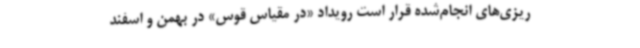
‌ریزی‌های انجام‌شده قرار است رویداد «در مقیاس قوس» در بهمن و اسفند